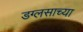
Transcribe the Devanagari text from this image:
डग्लसाच्या